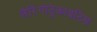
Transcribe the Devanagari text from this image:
लैरिंगोट्रेकाइटिस